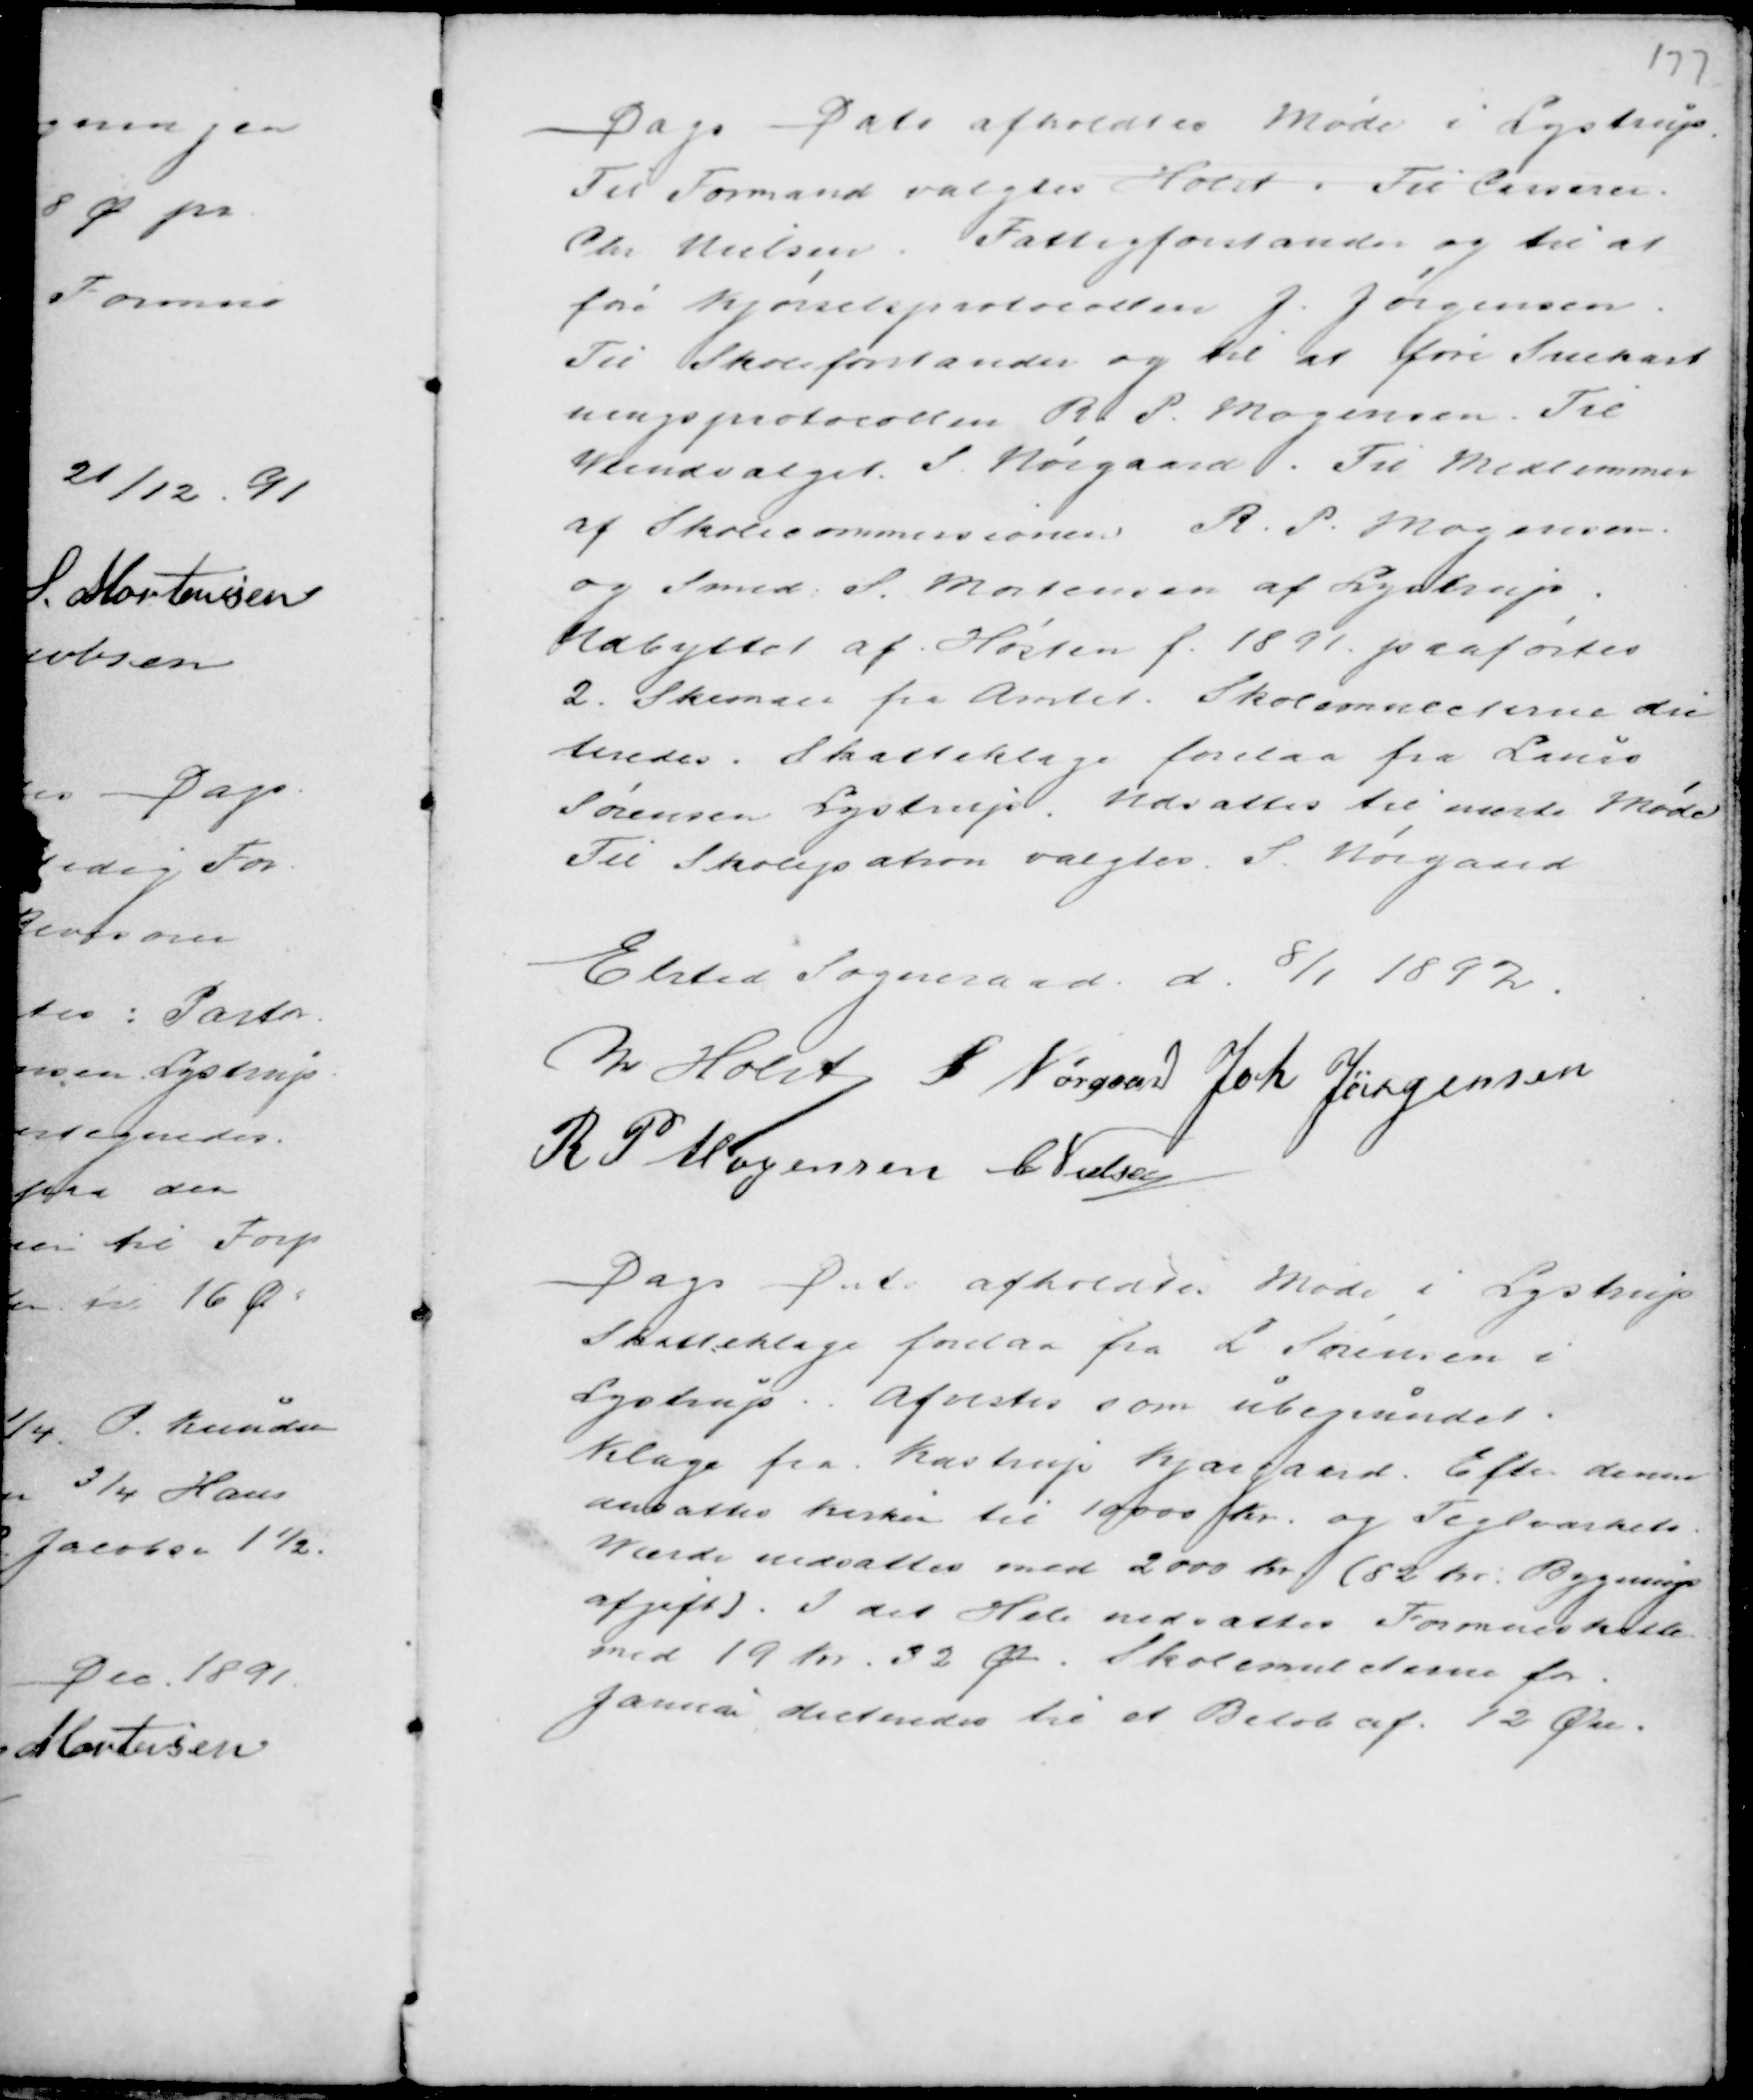
Transskription:
Dags Dato afholdtes Møde i Lystrup
Til Formand valgtes Holst. Til Casserer
Chr Nielsen. Fattigforstander og til at
føre Kjørselsprotocollen J. Jørgensen.
Til Skoleforstander og til at føre Snekast
ningsprotocollen R. P. Mogensen. Til
Veiudvalget S. Nørgaard. Til Medlemmer
af Skolecommissionen R. P. Mogensen
og Smed S. Mortensen af Lystrup.
Udbyttet af Høsten f. 1891 paaførtes
2. Skemaer fra Amtet. Skolemulcterne dic
teredes. Skatteklage forelaa fra Laurs
Sørensen Lystrup. Udsattes til næste Møde
Til Skolepatron valgtes S. Nørgaard.

Elsted Sogneraad d. 8/1 1892.
M Holst S Nørgaard Joh Jørgensen
R P Mogensen C Nielsen

Dags Dato afholdtes Møde i Lystrup
Skatteklage forelaa fra L Sørensen i
Lystrup. Afvistes som ubegrundet.
Klage fra Kastrup Kjærgaard. Efter denne
ansattes Ke.... til 10000 Kr. og Teglværkets
Værdi nedsattes med 2000 Kr (82 Kr Bygnings
afgift). I det Hele nedsattes formueskatten
med 19 Kr 32 Ø. Skolemulcterne for
Januar dicteredes til et Beløb af 12 Øre.